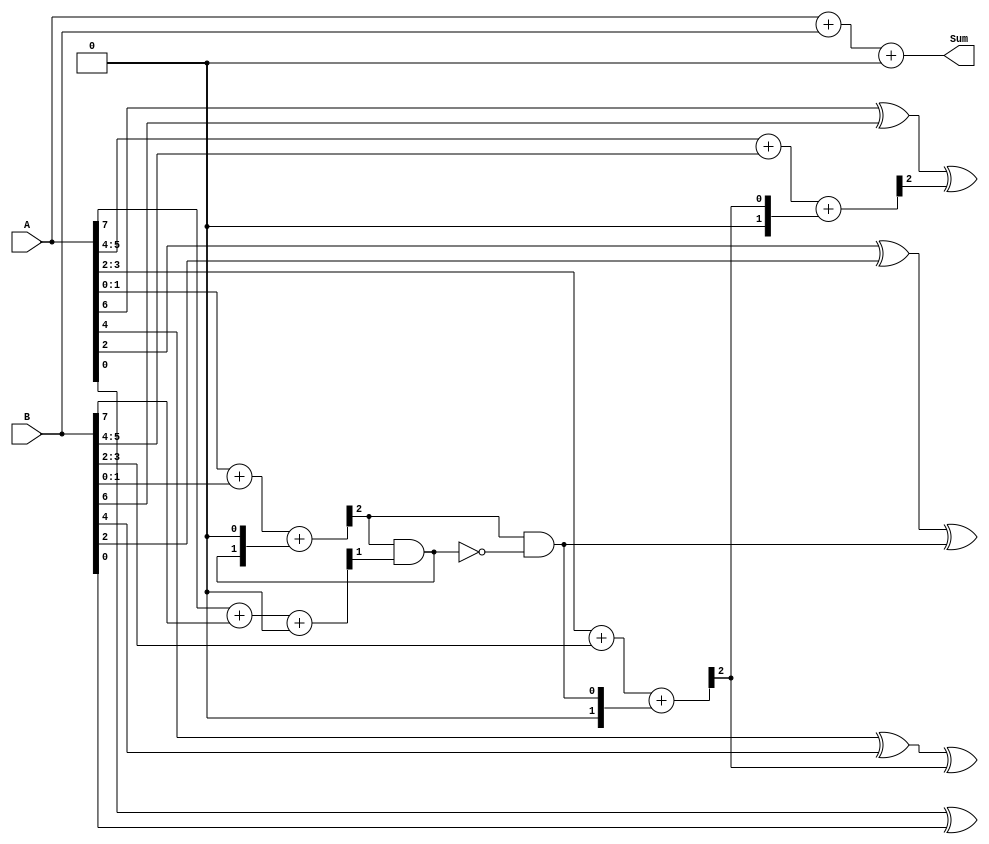
module CarrySkipAdder(
    input [7:0] A,
    input [7:0] B,
    output [7:0] Sum
);

wire [8:0] carry_in;
wire [8:0] carry_out;

assign carry_in[0] = 1'b0;
assign carry_in[1] = carry_out[0] & ~carry_in[0];
assign carry_in[2] = carry_out[1] & ~carry_in[1];
assign carry_in[3] = carry_out[2] & ~carry_in[2];
assign carry_in[4] = carry_out[3] & ~carry_in[3];
assign carry_in[5] = carry_out[4] & ~carry_in[4];
assign carry_in[6] = carry_out[5] & ~carry_in[5];
assign carry_in[7] = carry_out[6] & ~carry_in[6];
assign carry_in[8] = carry_out[7] & ~carry_in[7];

wire [7:0] sum_temp;
wire [7:0] carry_temp;

assign {carry_out[8], sum_temp} = A + B + carry_in[8];

assign {carry_out[7], carry_temp[7:0]} = A[7] + B[7] + carry_in[7];
assign carry_out[6] = carry_out[7] & carry_temp[7];
assign sum_temp[6] = A[6] ^ B[6] ^ carry_in[6];

assign {carry_out[5], carry_temp[5:4]} = A[5:4] + B[5:4] + carry_in[5:4];
assign carry_out[4] = carry_out[5] & carry_temp[5];
assign sum_temp[4] = A[4] ^ B[4] ^ carry_in[4];

assign {carry_out[3], carry_temp[3:2]} = A[3:2] + B[3:2] + carry_in[3:2];
assign carry_out[2] = carry_out[3] & carry_temp[3];
assign sum_temp[2] = A[2] ^ B[2] ^ carry_in[2];

assign {carry_out[1], carry_temp[1:0]} = A[1:0] + B[1:0] + carry_in[1:0];
assign carry_out[0] = carry_out[1] & carry_temp[1];
assign sum_temp[0] = A[0] ^ B[0] ^ carry_in[0];

assign Sum = sum_temp;

endmodule